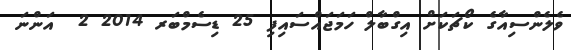
ވެލެންސިއާގެ ކޯޗަކަށް އިގްބާލް ހަމަޖައްސައިފި 25 ޑިސެމްބަރ 2014 2  އަންނަ